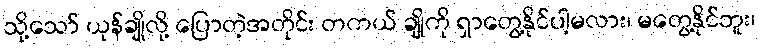
သို့သော် ယုန်ချိုလို့ ပြောတဲ့အတိုင်း တကယ် ချိုကို ရှာတွေ့နိုင်ပါ့မလား၊ မတွေ့နိုင်ဘူး၊